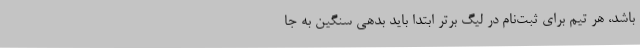
باشد، هر تیم برای ثبت‌نام در لیگ برتر ابتدا باید بدهی سنگین به جا